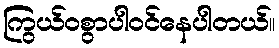
ကြွယ်ဝစွာပါဝင်နေပါတယ်။